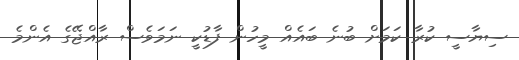
ސިޔާސީ ކުރާ ކަމަށް ބުނެ ބައެއް މީހުން ފާޑުކީ ނަމަވެސް ރާއްޖޭގެ އެންމެ